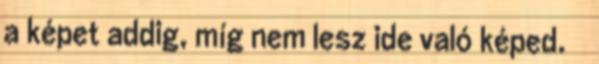
a képet addig, míg nem lesz ide való képed.